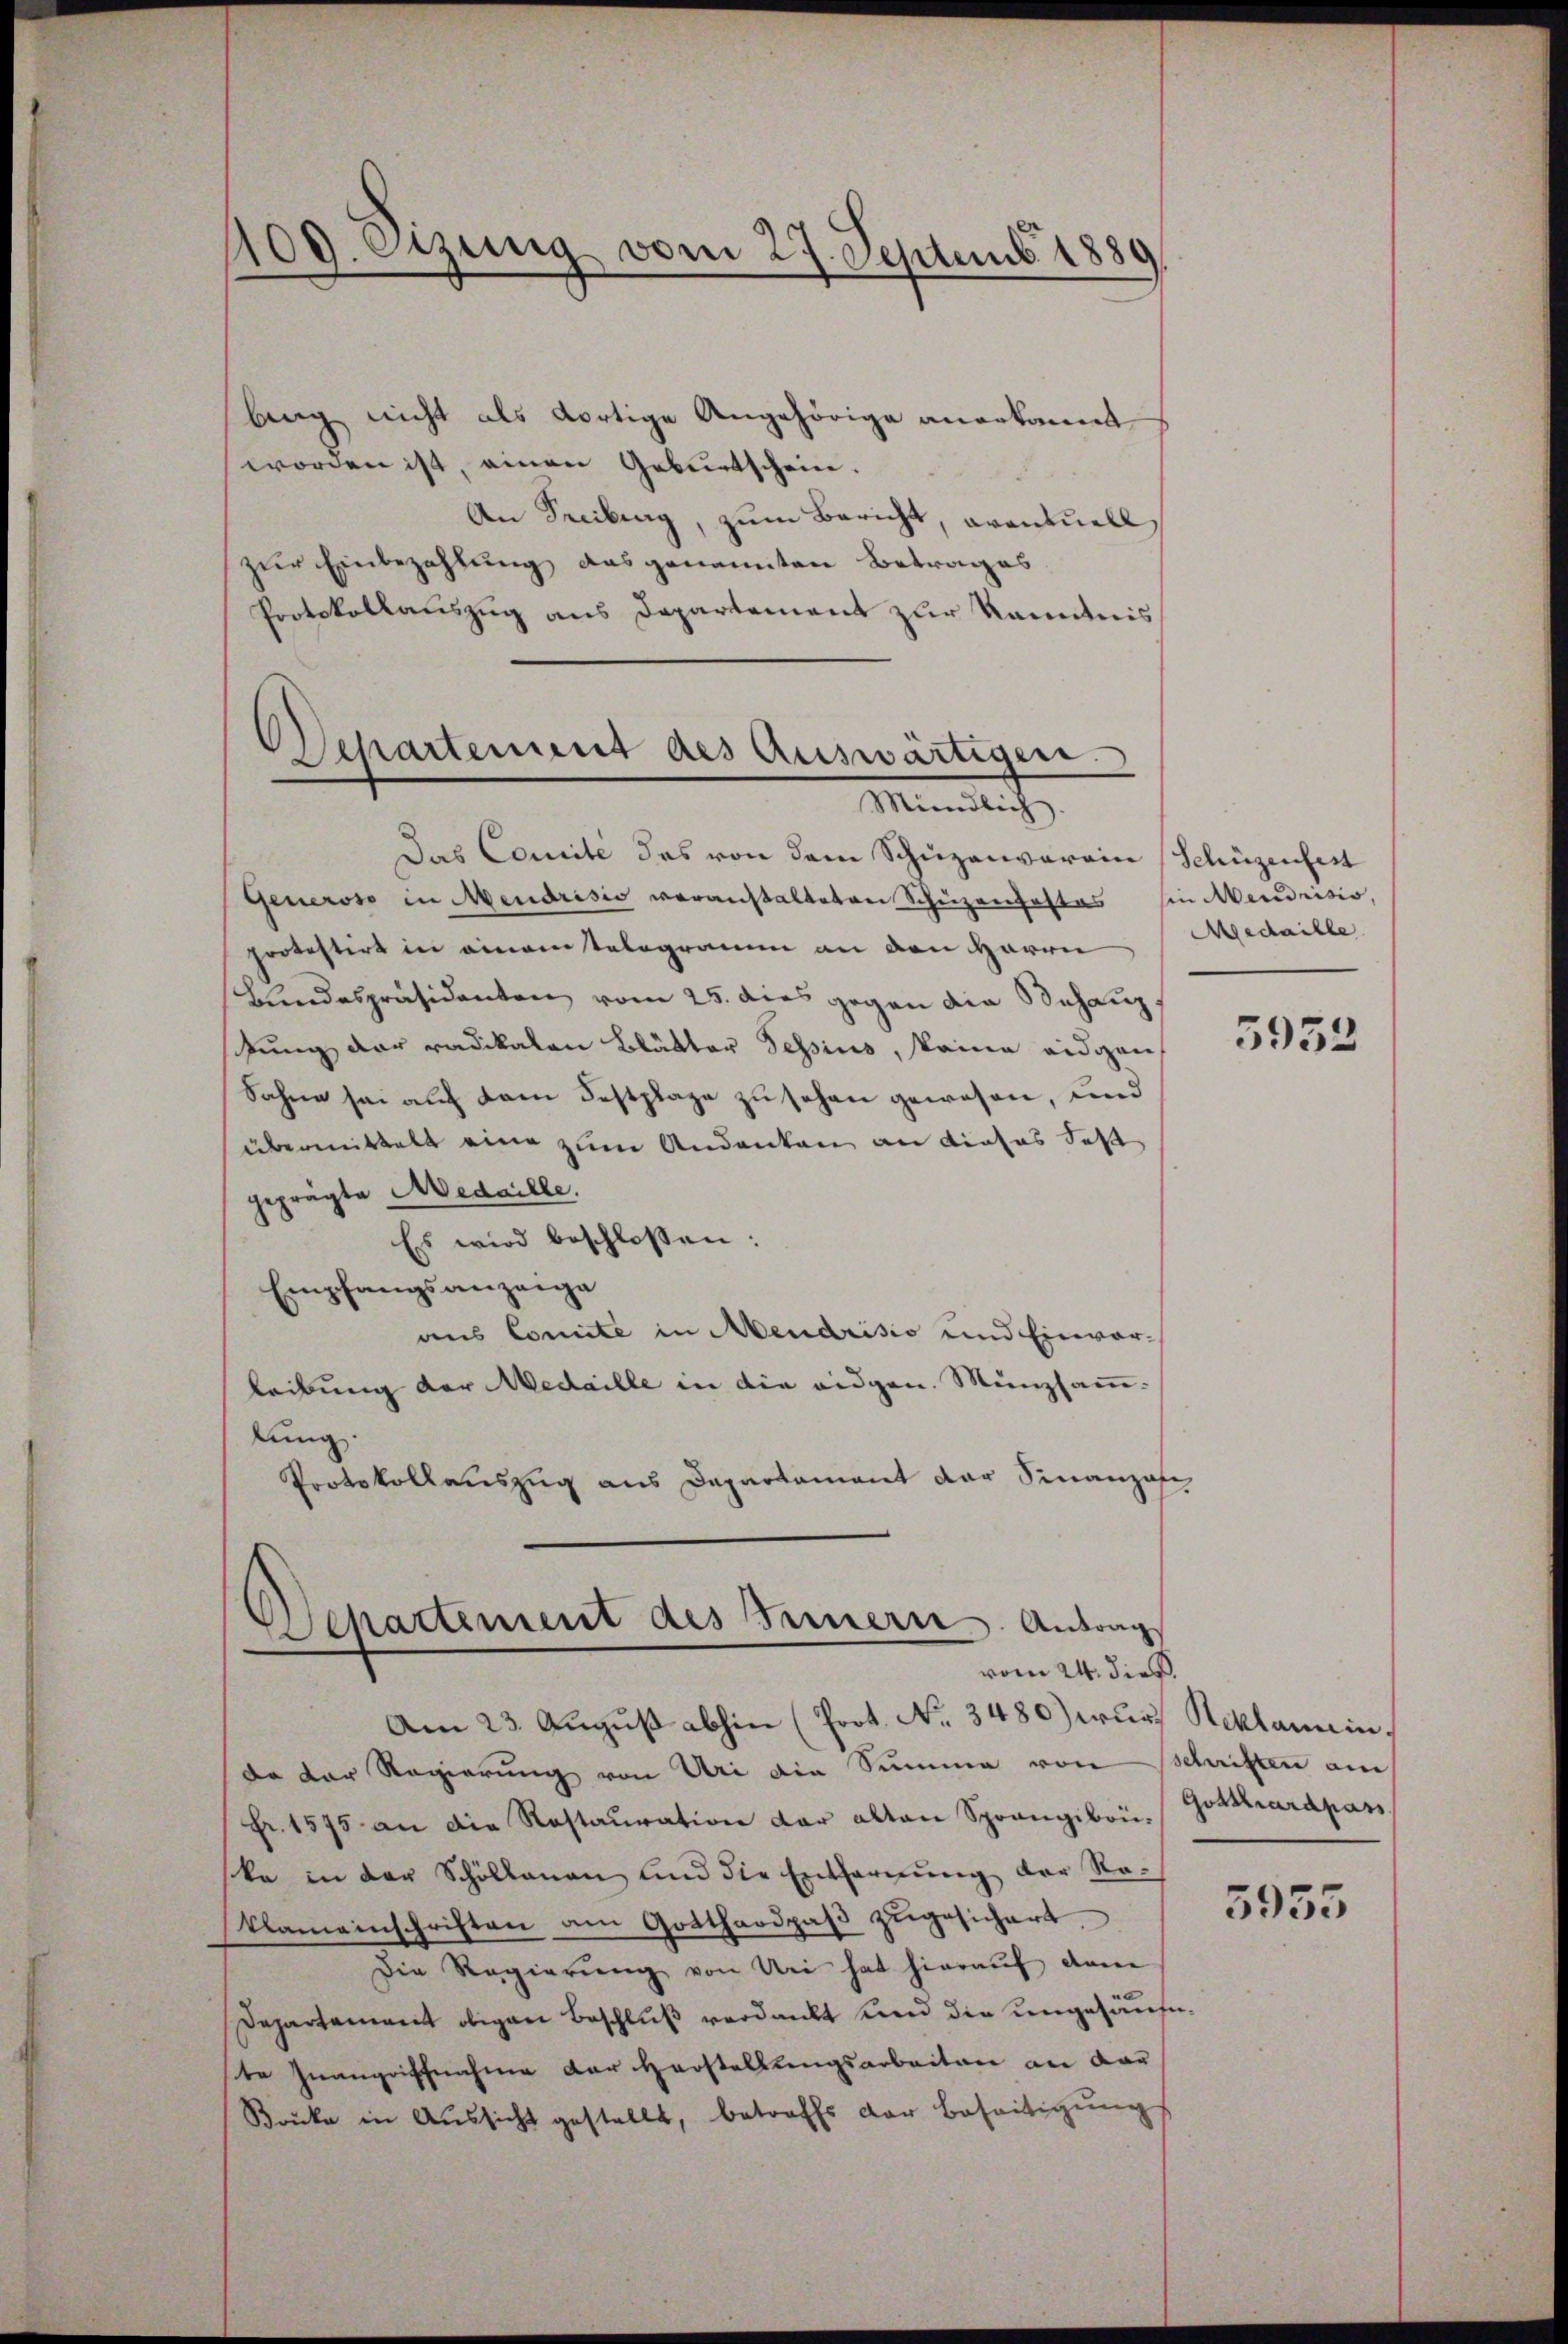
ling nicht als dortige Angehörige anerkannt
worden ist, einen Geburtschein.
An Seciburg, zum Bericht, avantuell
zur Einbezahlung das genannten Betrages
Protokollauszug aus Departement zur Kenntnis

409. Sizung vom 27. Septemb. 1880

Separtement des Auswärtigen
Ministrich

Das Comité des von dem Schuzanvorein (Schüzenfest
Generoso in Mendrisis voranstalteten Schüzenhastas sie Mendrisio,
protestert in ainamstelegramm an den Herrn Medaille
Bŭndespräsidenten vom 25. dies gegen die Behang.
stung der radikalen Blätter Sessius, keine eidgen
Sahne sei auf dem Festplage zu sehen gewesen, und
übermittelt eine zum Andenken an dieses Fest
geprägte Medaille.
Es wird beschlossen:
Empfangsanzeige
aus Comite in Mendrisio und Einverleibung der Medaille in die eidgen. Münzsammlung.
Protokollauszug aus Departament der Finanzose

6
ckartement des Innern Antrag
vom 24. dieß

Am 23. August abhin (Prot. No. 3480) wurd Reklamin,
da der Regierung von Uri die Summe von Schriften am
Fr. 1595 an die Rastaŭration der alten Sprangibon, Gotterardpass
ka in der Schöllauen und die Entfernŭng der Re-
klameinschriften am Gotthardpaβ zŭgesichert.
Die Regierŭng von Uri hat hieraŭf dann
Departement obigen Beschluß verdankt und die ungesäufnte Inangriffnahme der Herstellungsarbeiten an dar
Brücke in Aussicht gestellt, betreffs der Beseitigung

5953

5955